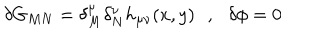
LaTeX: \delta G _ { M N } = \delta _ { M } ^ { \mu } \delta _ { N } ^ { \nu } h _ { \mu \nu } ( x , y ) \, \, \, \, , \, \, \, \, \delta \phi = 0